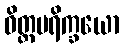
ဝိတ္တပရိက္ခယော